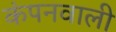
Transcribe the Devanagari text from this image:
कंपनवाली